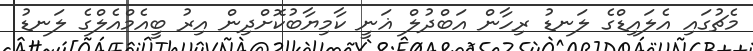
މެޗުގައި އެލައިޑްގެ ލަނޑު ރިހާން އަބްދުލް ޣަނީ ކާމިޔާބުކޮށްދިން އިރު ބީއެމްއެލްގެ ލަނޑު